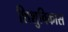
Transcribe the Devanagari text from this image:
शिशुविकास